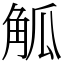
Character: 觚